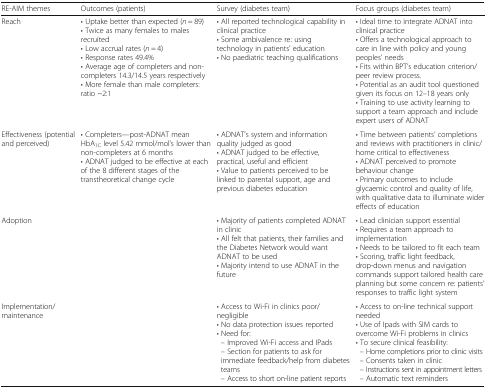
| RE-AIM themes | Outcomes (patients) | Survey (diabetes team) | Focus groups (diabetes team) |
 | --- | --- | --- | --- |
 | Reach | • Uptake better than expected (n = 89)• Twice as many females to males recruited• Low accrual rates (n = 4)• Response rates 49.4%• Average age of completers and non-completers 14.3/14.5 years respectively• More female than male completers: ratio ~2:1 | • All reported technological capability in clinical practice• Some ambivalence re: using technology in patients’ education• No paediatric teaching qualifications | • Ideal time to integrate ADNAT into clinical practice• Offers a technological approach to care in line with policy and young peoples’ needs• Fits within BPT’s education criterion/peer review process.• Potential as an audit tool questioned given its focus on 12–18 years only• Training to use activity learning to support a team approach and include expert users of ADNAT |
 | Effectiveness (potential and perceived) | • Completers—post-ADNAT mean HbA1C level 5.42 mmol/mol’s lower than non-completers at 6 months• ADNAT judged to be effective at each of the 8 different stages of the transtheoretical change cycle | • ADNAT’s system and information quality judged as good• ADNAT judged to be effective, practical, useful and efficient• Value to patients perceived to be linked to parental support, age and previous diabetes education | • Time between patients’ completions and reviews with practitioners in clinic/home critical to effectiveness• ADNAT perceived to promote behaviour change• Primary outcomes to include glycaemic control and quality of life, with qualitative data to illuminate wider effects of education |
 | Adoption |  | • Majority of patients completed ADNAT in clinic• All felt that patients, their families and the Diabetes Network would want ADNAT to be used• Majority intend to use ADNAT in the future | • Lead clinician support essential• Requires a team approach to implementation• Needs to be tailored to fit each team• Scoring, traffic light feedback, drop-down menus and navigation commands support tailored health care planning but some concern re: patients’ responses to traffic light system |
 | Implementation/maintenance |  | • Access to Wi-Fi in clinics poor/negligible• No data protection issues reported• Need for: – Improved Wi-Fi access and IPads – Section for patients to ask for immediate feedback/help from diabetes teams – Access to short on-line patient reports | • Access to on-line technical support needed• Use of Ipads with SIM cards to overcome Wi-Fi problems in clinics• To secure clinical feasibility: – Home completions prior to clinic visits – Consents taken in clinic – Instructions sent in appointment letters – Automatic text reminders |